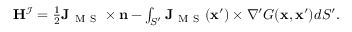
\begin{array} { r } { \mathbf { H } ^ { \mathcal { I } } = \frac { 1 } { 2 } \mathbf { J } _ { \mathrm { ~ M ~ S ~ } } \times \mathbf { n } - \int _ { S ^ { \prime } } \mathbf { J } _ { \mathrm { ~ M ~ S ~ } } ( \mathbf { x } ^ { \prime } ) \times \nabla ^ { \prime } G ( \mathbf { x } , \mathbf { x } ^ { \prime } ) d S ^ { \prime } . } \end{array}